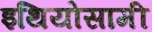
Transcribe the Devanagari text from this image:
इथियोसामी